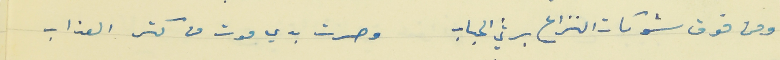
ومن فوق شوكات النزاع برثي الحباب                            وصرت بدي موت من كتر العذاب